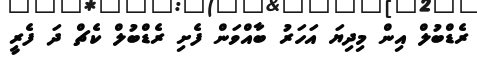
ރެޑްބުލް އިން މިދިޔަ އަހަރު ބާއްވަން ފެށި ރެޑްބުލް ކެޗް ދަ ފެރީ